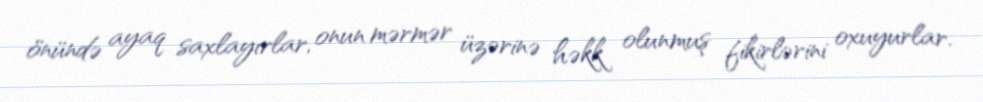
önündə ayaq saxlayırlar, onun mərmər üzərinə həkk olunmuş fikirlərini oxuyurlar.